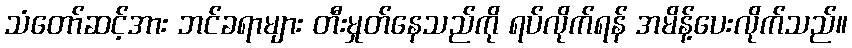
သံတော်ဆင့်အား ဘင်ခရာများ တီးမှုတ်နေသည်ကို ရပ်လိုက်ရန် အမိန့်ပေးလိုက်သည်။